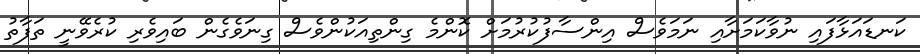
ކަނޑައަޅާފައި ނުވާކަމަށާއި ނަމަވެސް އިންސާފުކުރުމަށް ކޮންމެ ގިންތިއަކުންވެސް ގިނަވެގެން ބައިވެރި ކުރެވޭނީ ތަފާތު